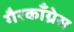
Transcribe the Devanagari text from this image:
गैरकाँग्रेस